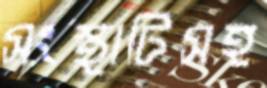
সংস্থাটিসহ